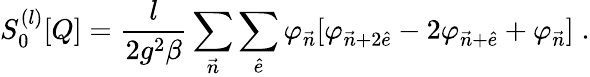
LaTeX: S_{0}^{(l)}[Q]={\frac{l}{2g^{2}\beta}}\sum_{{\vec{n}}}\sum_{{\hat{e}}}\varphi_{{\vec{n}}}[\varphi_{{\vec{n}}+2{\hat{e}}}-2\varphi_{{\vec{n}}+{\hat{e}}}+\varphi_{\vec{n}}]\; .